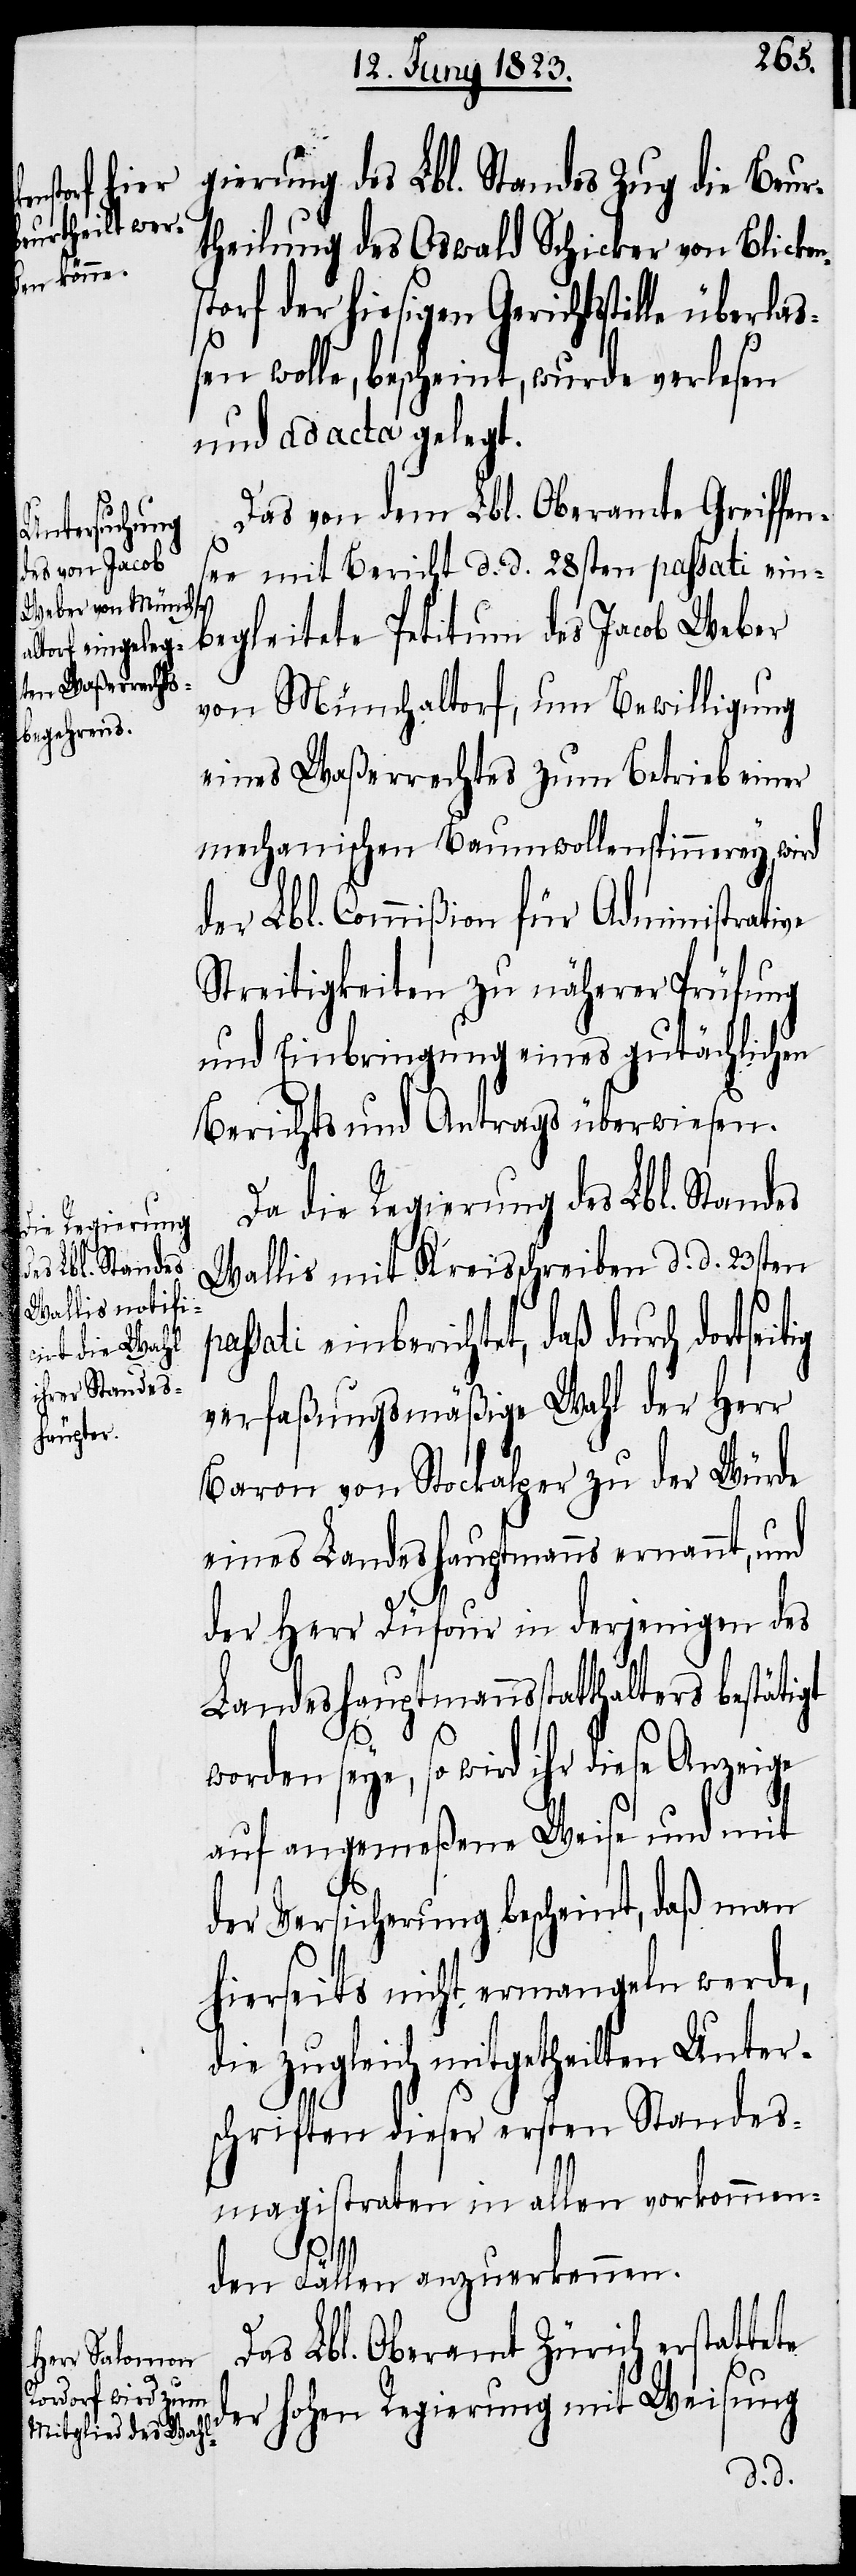
gierung des Lbl. Standes Zug die Beur¬
theilung des Oswald Schicker von Blicken¬
storf der hiesigen Gerichtsstelle ü¬
ßen wolle, bescheint, wurde verlesen
und ad acta gelegt.
Das von dem Lbl. Oberamte Greiffen¬
see mit Bericht d. d. 28sten passati ein¬
begleitete Petitum des Jacob Weber
von Münchaltorf, um Bewilligung
eines Waßerrechtes zum Betrieb einer
mechanischen Baumwollenspinnerey, wird
der Lbl. Commißion für Administrative
Streitigkeiten zu näherer Prüfung
und Einbringung eines gutäch[t]lichen
Berichts und Antrags überwiesen.
Da die Regierung des Lbl. Standes
Wallis mit Kreisschreiben d. d. 23sten
ati einberichtet, daß durch dorts¬
verfaßungsmäßige Wahl der Herr
Baron von Stockalper zu der Würde
eines Landeshauptmanns ernannt, und
der Herr Düfour in derjenigen des
Landeshauptmannsstatthalters bestätigt
worden seye, so wird ihr diese Anzeige
auf angemeßene Weise und mit
der Versicherung bescheint, daß man
hierseits nicht ermangeln werde,
die zugleich mitgetheilten Unter¬
schriften dieser ersten Standes¬
magistraten in allen vorkommen¬
eitig
den Fällen anzuerkennen.
Das Lbl. Oberamt Zürich erstattete
der hohen Regierung mit Weisung